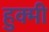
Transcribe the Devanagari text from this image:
हुक्मी